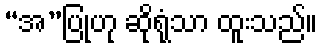
“အ”ပြုဟု ဆိုရုံသာ ထူးသည်။